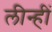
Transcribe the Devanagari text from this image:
लीन्‍हीं